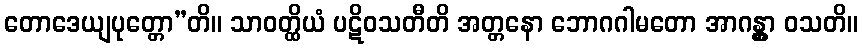
တောဒေယျပုတ္တော”တိ။ သာဝတ္ထိယံ ပဋိဝသတီတိ အတ္တနော ဘောဂဂါမတော အာဂန္တွာ ဝသတိ။